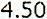
4.50